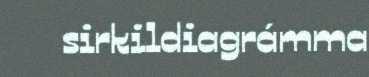
sirkildiagrámma